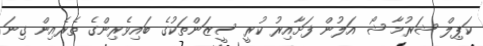
ކަޕިލް ޝަރުމާ ޝޯ އަލުން ފަށާއިރު ކުރީ ސީޒަންތަކުގެ ބައިވެރިންގެ ތެރެއިން ގިނަ